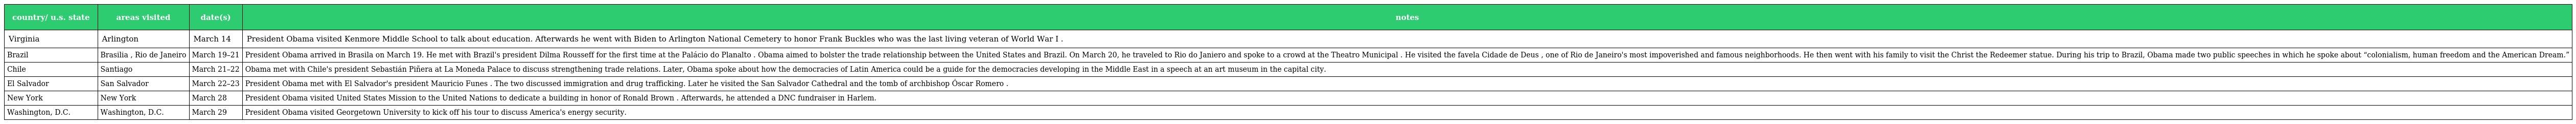
| country/ u.s. state | areas visited | date(s) | notes |
 | --- | --- | --- | --- |
 | Virginia | Arlington | March 14 | President Obama visited Kenmore Middle School to talk about education. Afterwards he went with Biden to Arlington National Cemetery to honor Frank Buckles who was the last living veteran of World War I . |
 | Brazil | Brasilia , Rio de Janeiro | March 19–21 | President Obama arrived in Brasila on March 19. He met with Brazil's president Dilma Rousseff for the first time at the Palácio do Planalto . Obama aimed to bolster the trade relationship between the United States and Brazil. On March 20, he traveled to Rio do Janiero and spoke to a crowd at the Theatro Municipal . He visited the favela Cidade de Deus , one of Rio de Janeiro's most impoverished and famous neighborhoods. He then went with his family to visit the Christ the Redeemer statue. During his trip to Brazil, Obama made two public speeches in which he spoke about “colonialism, human freedom and the American Dream.” |
 | Chile | Santiago | March 21–22 | Obama met with Chile's president Sebastián Piñera at La Moneda Palace to discuss strengthening trade relations. Later, Obama spoke about how the democracies of Latin America could be a guide for the democracies developing in the Middle East in a speech at an art museum in the capital city. |
 | El Salvador | San Salvador | March 22–23 | President Obama met with El Salvador's president Mauricio Funes . The two discussed immigration and drug trafficking. Later he visited the San Salvador Cathedral and the tomb of archbishop Óscar Romero . |
 | New York | New York | March 28 | President Obama visited United States Mission to the United Nations to dedicate a building in honor of Ronald Brown . Afterwards, he attended a DNC fundraiser in Harlem. |
 | Washington, D.C. | Washington, D.C. | March 29 | President Obama visited Georgetown University to kick off his tour to discuss America's energy security. |